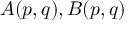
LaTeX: A ( p , q ) , B ( p , q )